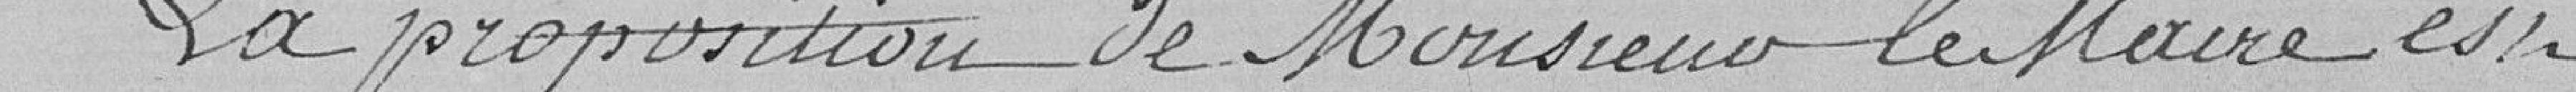
La proposition de Monsieur le Maire est